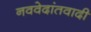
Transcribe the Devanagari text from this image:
नववेदांतवादी